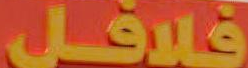
فلافل